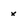
Character: x